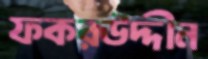
ফকরউদ্দীন